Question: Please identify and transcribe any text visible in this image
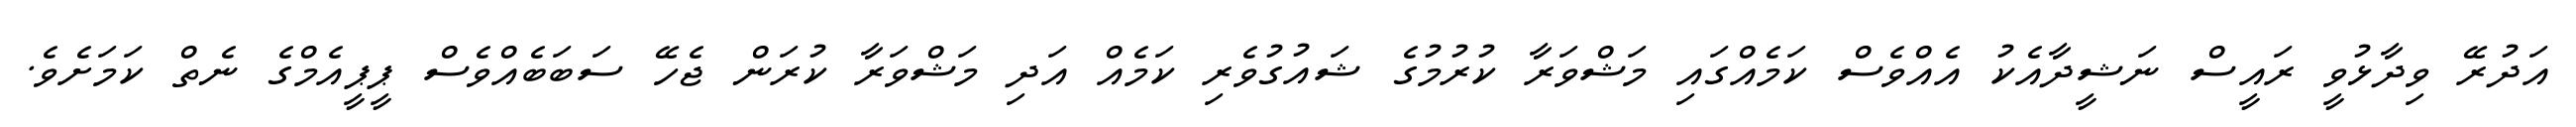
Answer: އަދުރޭ ވިދާޅުވީ ރައީސް ނަޝީދާއެކު އެއްވެސް ކަމެއްގައި މަޝްވަރާ ކުރުމުގެ ޝައުގުވެރި ކަމެއް އަދި މަޝްވަރާ ކުރަން ޖެހޭ ސަބަބެއްވެސް ޕީޕީއެމްގެ ނެތް ކަމަށެވެ.